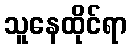
သူနေထိုင်ရာ